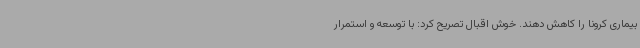
بیماری کرونا را کاهش دهند. خوش اقبال تصریح کرد: با توسعه و استمرار